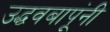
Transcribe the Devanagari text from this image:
उद्धवबापूंनी